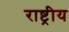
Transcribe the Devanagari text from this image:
राष्ट्रीय